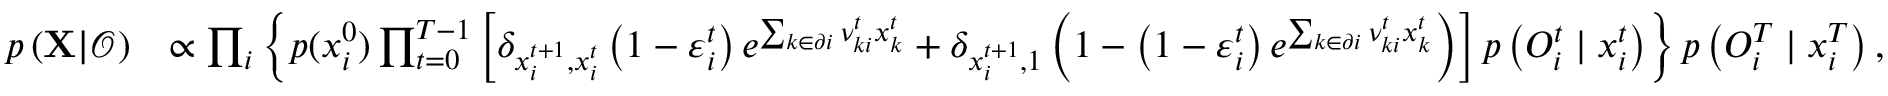
\begin{array} { r l } { p \left( { \bf X } | \boldsymbol { \mathcal { O } } \right) } & { \propto \prod _ { i } \left\{ p ( x _ { i } ^ { 0 } ) \prod _ { t = 0 } ^ { T - 1 } \left[ \delta _ { x _ { i } ^ { t + 1 } , x _ { i } ^ { t } } \left( 1 - \varepsilon _ { i } ^ { t } \right) e ^ { \sum _ { k \in \partial i } \nu _ { k i } ^ { t } x _ { k } ^ { t } } + \delta _ { x _ { i } ^ { t + 1 } , 1 } \left( 1 - \left( 1 - \varepsilon _ { i } ^ { t } \right) e ^ { \sum _ { k \in \partial i } \nu _ { k i } ^ { t } x _ { k } ^ { t } } \right) \right] p \left( { O } _ { i } ^ { t } \mid x _ { i } ^ { t } \right) \right\} p \left( { O } _ { i } ^ { T } \mid x _ { i } ^ { T } \right) , } \end{array}